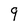
Character: 9